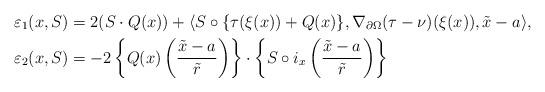
LaTeX: \begin{align*}&\varepsilon_1(x,S) = 2(S \cdot Q(x)) + \langle S \circ\{\tau(\xi(x)) + Q(x)\}, \nabla_{\partial \Omega}(\tau-\nu)(\xi(x)), \tilde{x}-a \rangle, \\&\varepsilon_2(x,S) = -2\left\{Q(x)\left(\dfrac{\tilde{x}-a}{\tilde{r}}\right)\right\} \cdot \left\{S \circ i_x\left(\dfrac{\tilde{x}-a}{\tilde{r}}\right)\right\}\end{align*}